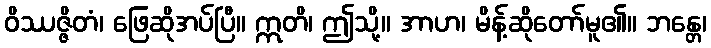
ဝိဿဇ္ဇိတံ၊ ဖြေဆိုအပ်ပြီ။ ဣတိ၊ ဤသို့။ အာဟ၊ မိန့်ဆိုတော်မူ၏။ ဘန္တေ၊